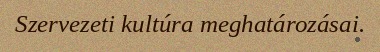
Szervezeti kultúra meghatározásai.